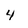
Character: 4